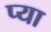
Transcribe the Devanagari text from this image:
प्या